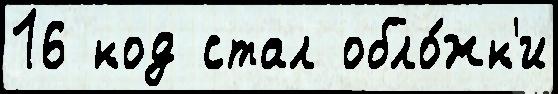
16 код стал обло́жк'и